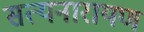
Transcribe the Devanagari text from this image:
सत्‍यनारायण